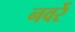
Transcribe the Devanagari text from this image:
नवर्रे